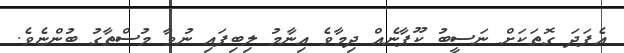
އެފަދަ ގޮތަކަށް ނަސީބު ކޫޕާނެއް ދިމާވެ އިނާމު ލިބިފައި ނުވާ މުސްތާގު ބުންޏެވެ.